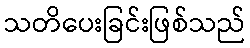
သတိပေးခြင်းဖြစ်သည်